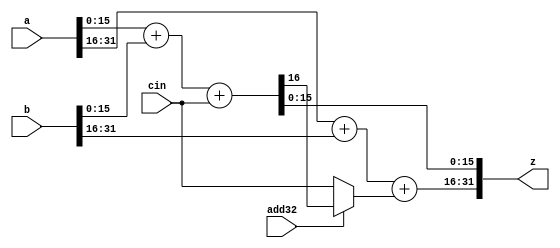
module sparc_ffu_part_add32 (/*AUTOARG*/
   // Outputs
   z, 
   // Inputs
   a, b, cin, add32
   ) ;
   input [31:0] a;
   input [31:0] b;
   input        cin;
   input        add32;

   output [31:0] z;

   wire          cout15; // carry out from lower 16 bit add
   wire          cin16; // carry in to the upper 16 bit add

   assign        cin16 = (add32)? cout15: cin;

   assign      {cout15, z[15:0]} = a[15:0]+b[15:0]+{15'b0,cin};   
   assign      z[31:16] = a[31:16]+b[31:16]+{15'b0,cin16};   
   
endmodule